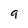
Character: 9